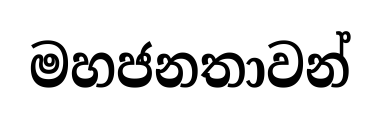
මහජනතාවන්